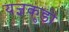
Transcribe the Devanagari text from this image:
यज्ञकुंडों